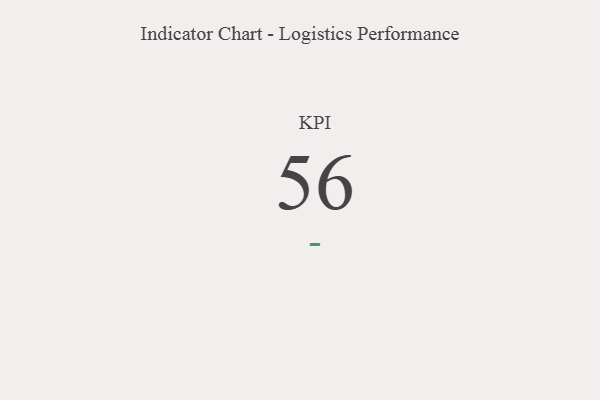
{"axis": {"x": "KPI", "y": "Value"}, "legend": [""], "data": [{"x": "KPI", "y": 56, "type": ""}]}